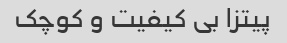
پیتزا بی کیفیت و کوچک